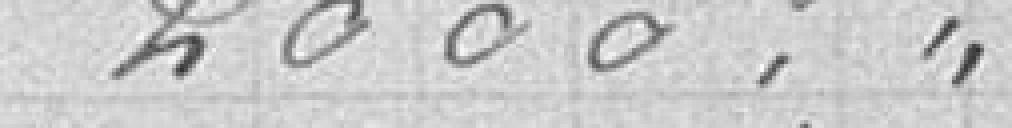
2000